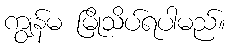
ကျွန်မ မြိုသိပ်ရပါမည်။